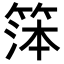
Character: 𬕙